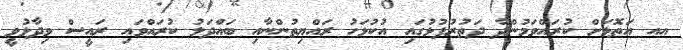
އއ އަތޮޅަށް ކުރައްވަމުންދާ ދަތުރުފުޅުގައި އުކުޅަހު ރައްޔިތުންނާއި ބައްދަލު ކުރައްވައި ރައީސް ވިދާޅުވީ